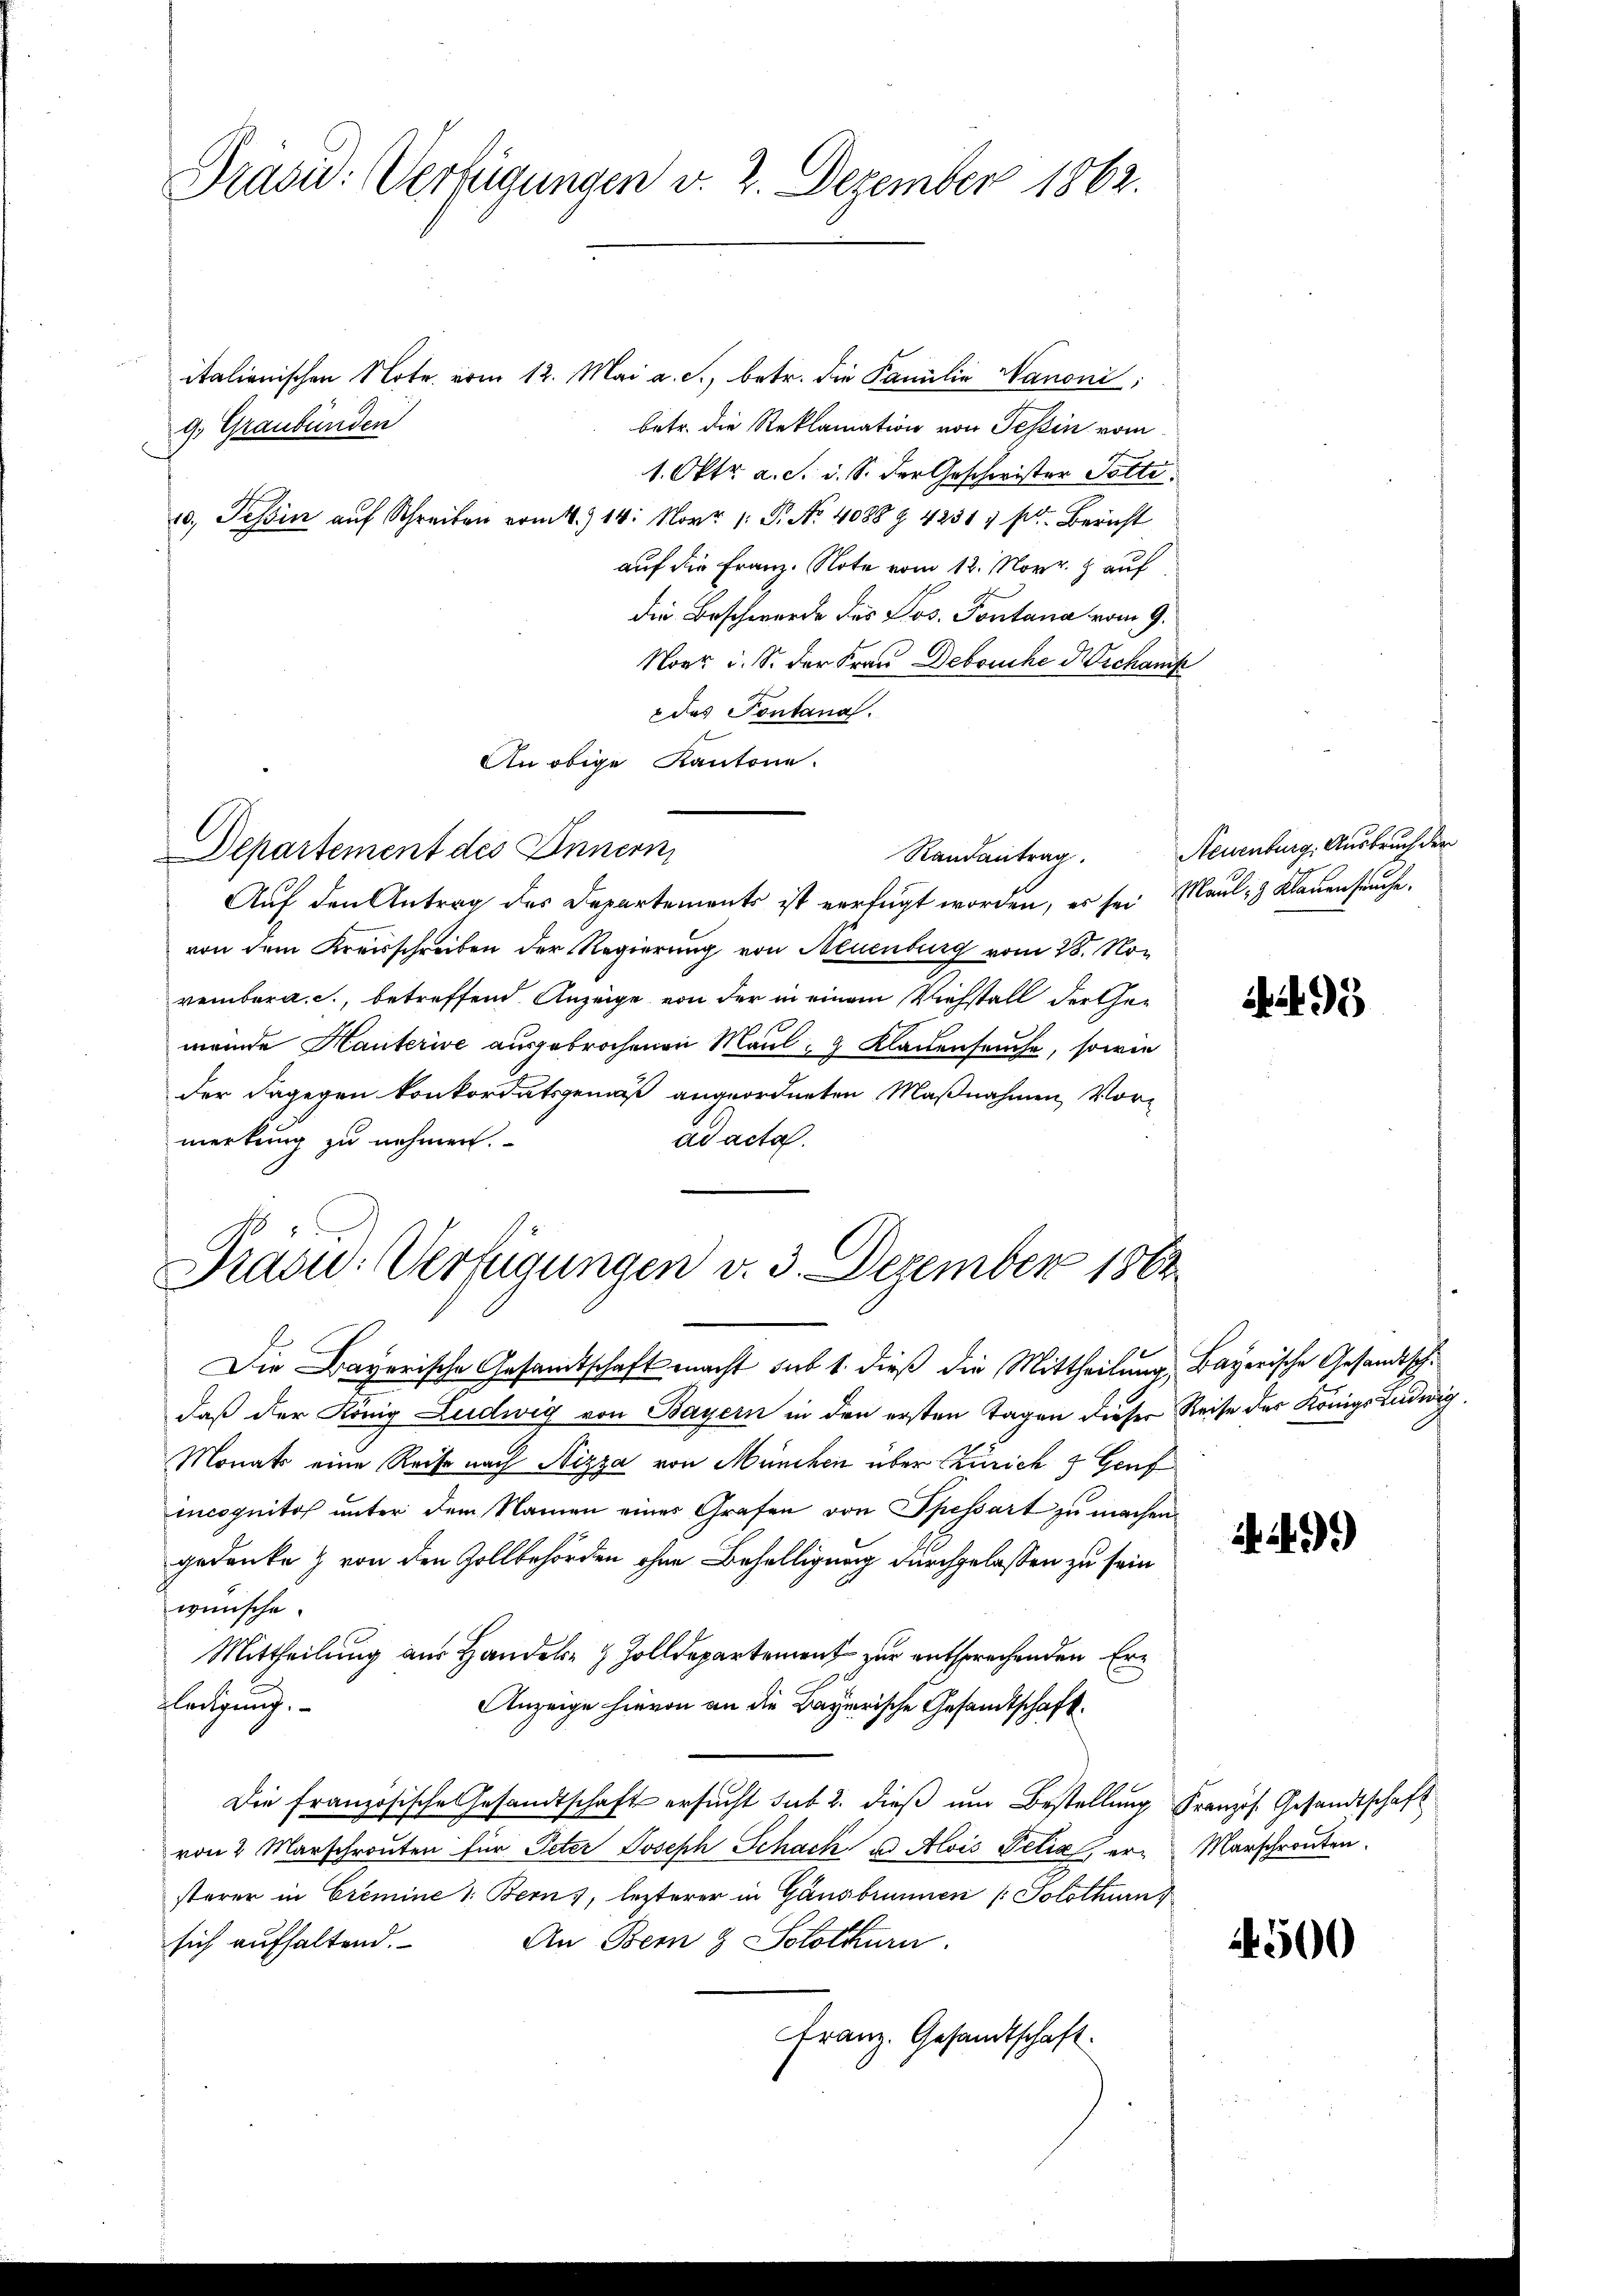
Präsie: Verfügungen v. 2. Dezember 1862.

italienischen Note vom 12. Mai a. c., betr. die Familie Nanoni;
betr. die Reklamation von Tessin vom
g. Graubünden
1. Oktr. a. S. i. S. der Geschwister Totti
10, Tessin auf Schreiben vom 1. 14. Novr /: P. Nr. 4088 § 42317 fr. Bericht
auf die Franz. Note vom 12. Novr. 8 auf
die Beschwerde des Los. Pontana vom 9.
Noer u. S. der Frau Debruche Dechank
 des Pontanal.
An obige Kantone.
Departement des Innern,
Randantrag.
Auf den Antrag des Departements ist verfügt worden, es sei Maul- & Klauenfruche.
von dem Kreisschreiben der Regierung von Neuenburg vom 28. November a. c., betreffend Anzeige von der in einem Viehstall der Gemeinde Hauterive ausgebrochenen Maul- & Klauenseuche, sowie
der dagegen konkordatsgemäß angeordneten Maßnahmen, Vor-
merkung zu nehmen.
ad acta.

Prägu: Verfügungen v. 3. Dezember 1862

Die Bayerische Gesandtschaft macht sub 1. dieß die Mittheilung, Bayerische Gesandtschdaß der König Ludwig von Bayern in den ersten Tagen dieser Reise des Königs Ludwig,
Monats eine Reise nach Nizza von München über Zürich 3 Genf
incognitos unter dem Namen eines Grafen von Spessart zu machen.
gedanke & von den Zollbehörden ohne Behelligung durchgelassen zu sein
wünsche.
Mittheilung aus Handel- & Zolldepartement zur entsprechenden Erledigung.
Anzeige hievon an die Bayerische Gesandtschaft.
Die französische Gesandtschaft ersucht sub 2. dieß um Bestellung Französ. Gesandtschaft
von 2 Marschrouten für Peter Joseph Schack u. Alois Pelia, er-Marschronten.
sterer in Cremine 1: Bern), lezterer in Gänsbrunnen (: Solothurn
An Bern & Solothurn.
sich aufhaltend.
Franz. Gesandtschaft.

Neuenburg, Ausbruch der

A. 95

i 99)

4500